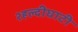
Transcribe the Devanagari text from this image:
२हल्दीघाटी